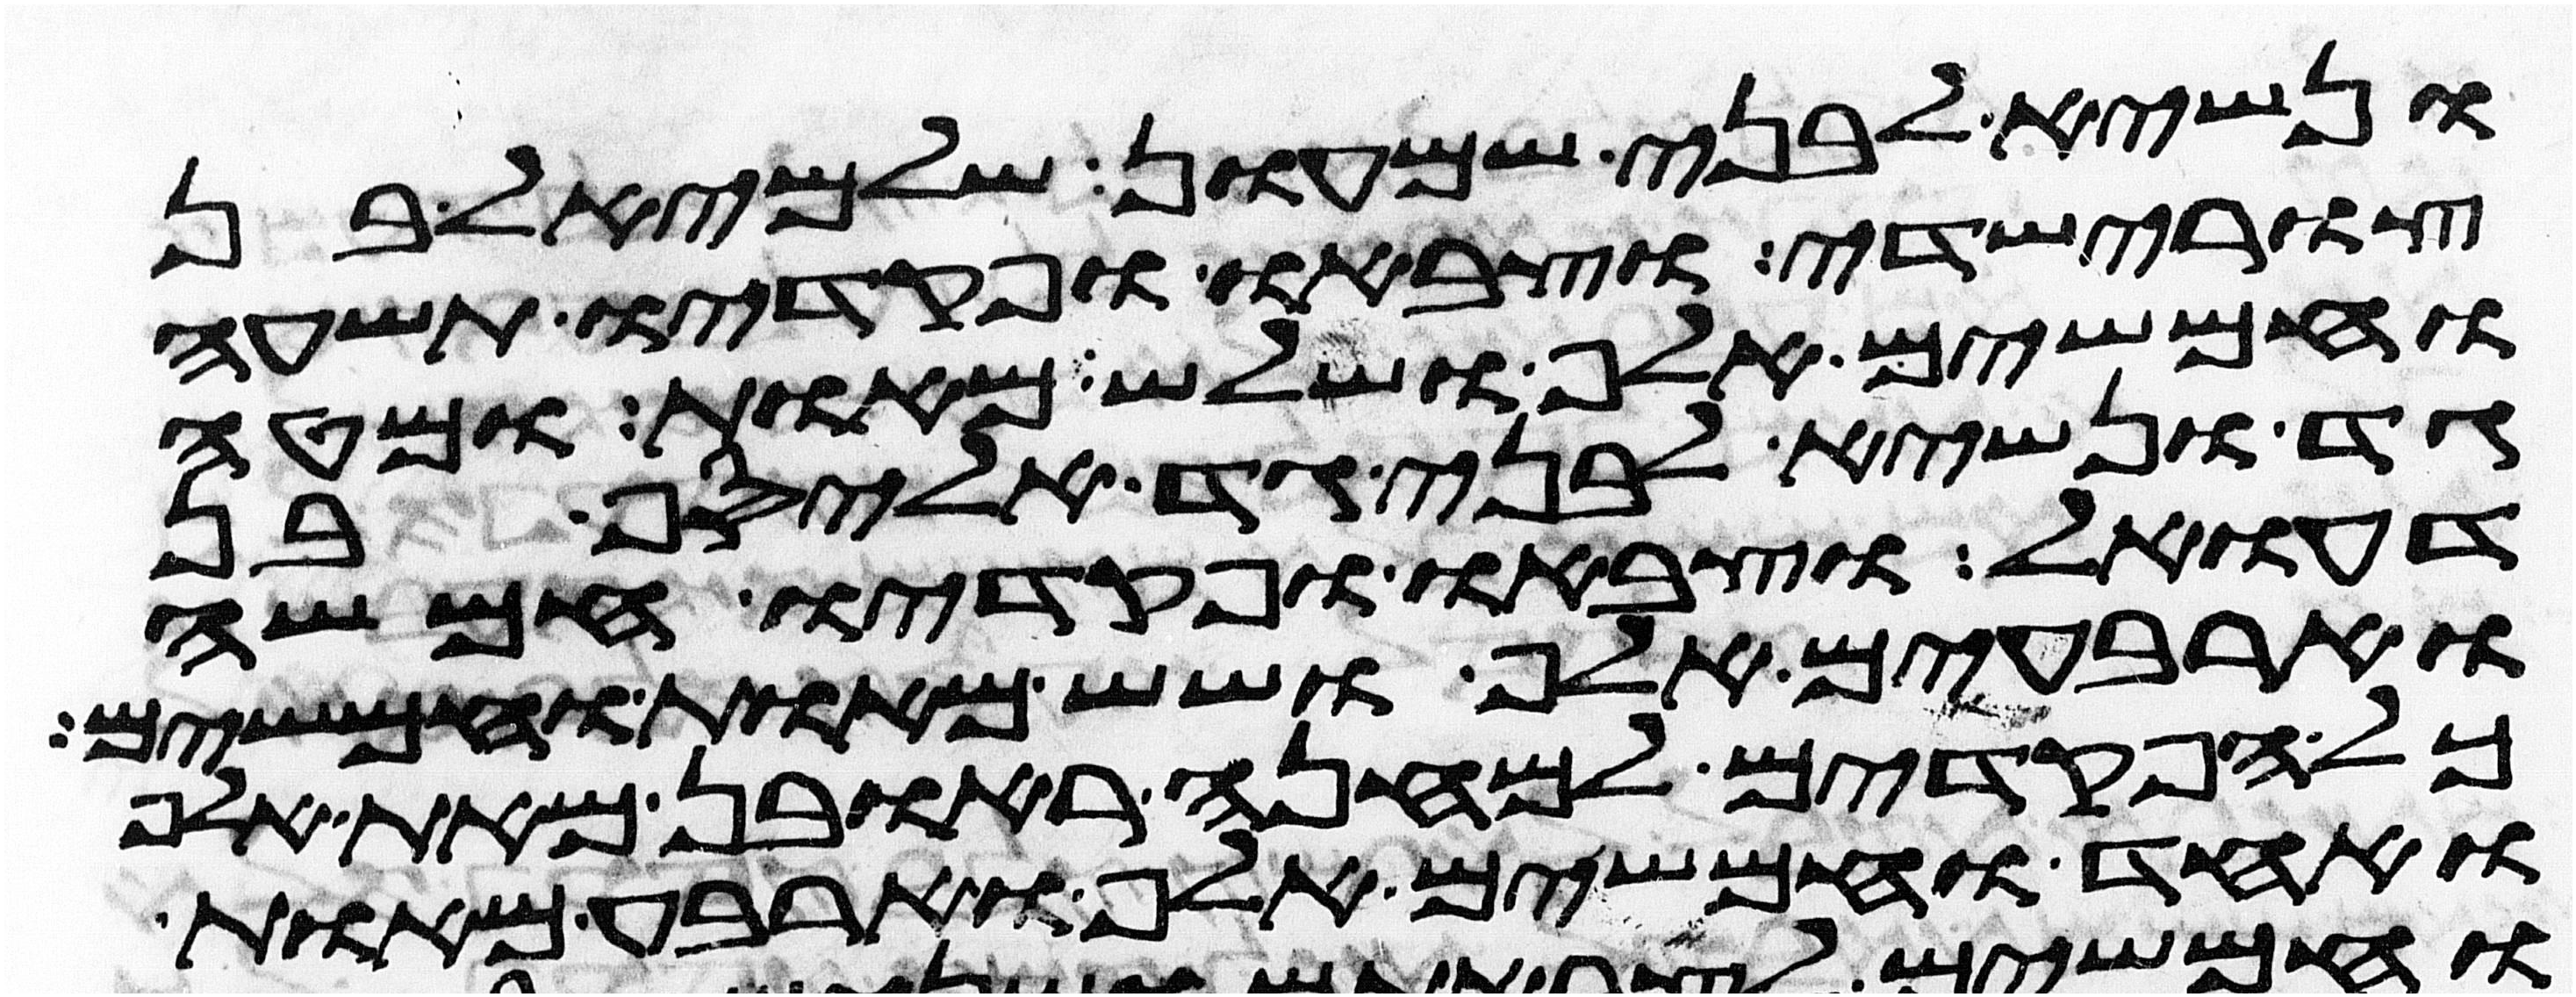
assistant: ונשיא לבני שמעון שלמיאל בן
צורישדי וצבאו ופקדיו תשעה
וחמשים אלף ושלש מאות ומטה
גד ונשיא לבני גד אליסף בן
דעואל וצבאו ופקדיו חמשה
וארבעים אלף ושש מאות וחמשים
כל הפקדים למחנה ראובן מאת אלף
ואחד וחמשים אלף וארבע מאות